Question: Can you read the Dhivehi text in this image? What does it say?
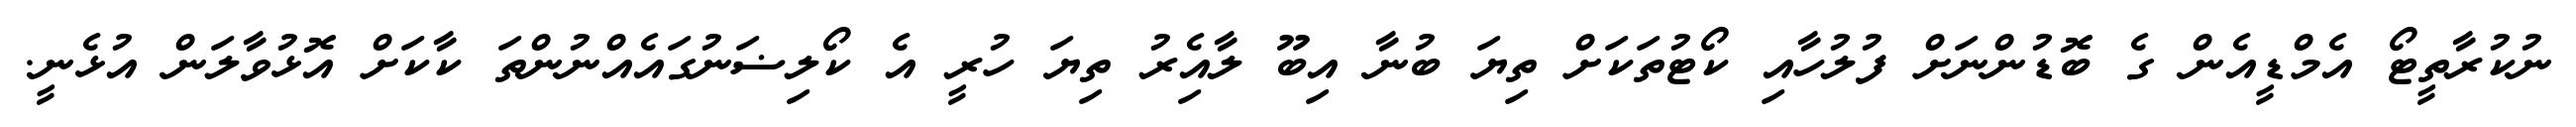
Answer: ނުކުރާތީޓޯ އެމްޑީއެން ގެ ބޮޑުންނަށް ފުލުހާއި ކޯޓުތަކަށް ތިޔަ ބުނާ އިބޫ ލާއެިރު ތިޔަ ހުރީ އެ ކޯލިޟަނުގައެއްނުންތަ ކާކަށް އޮޅުވާލަން އުޅެނީ.